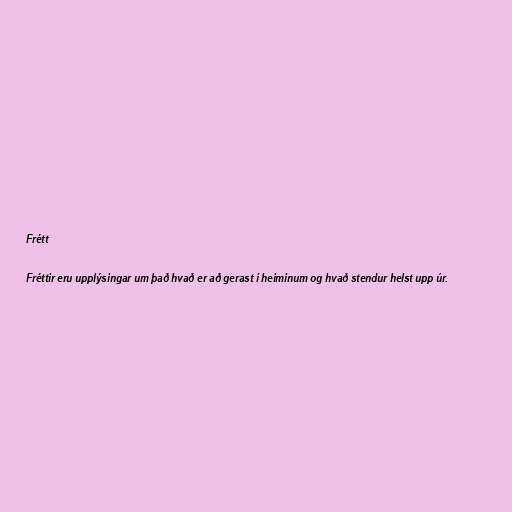
Frétt

Fréttir eru upplýsingar um það hvað er að gerast í heiminum og hvað stendur helst upp úr.